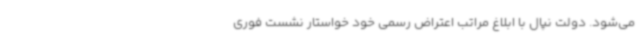
می‌شود. دولت نپال با ابلاغ مراتب اعتراض رسمی خود خواستار نشست فوری